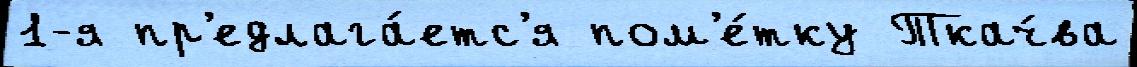
1-я пр'едлага́етс'я пом'е́тку Ткач́ва